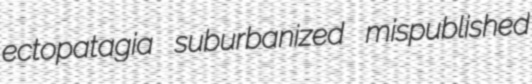
ectopatagia suburbanized mispublished